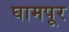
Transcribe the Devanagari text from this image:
घामपूर